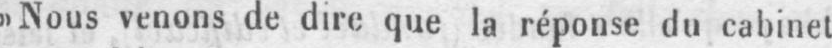
»Nous venons de dire que la réponse du cabinet